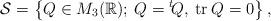
LaTeX: \begin{align*}\mathcal S = \left\lbrace Q\in M_3(\mathbb R);\: Q={}^t\! Q,\: \mathrm{tr}\: Q =0 \right\rbrace,\end{align*}